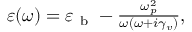
\begin{array} { r } { \varepsilon ( \omega ) = \varepsilon _ { \mathrm { ~ b ~ } } - \frac { \omega _ { p } ^ { 2 } } { \omega ( \omega + i \gamma _ { v } ) } , } \end{array}